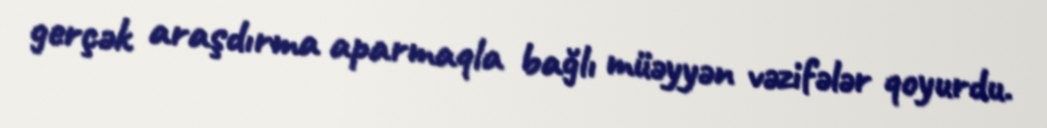
gerçək araşdırma aparmaqla bağlı müəyyən vəzifələr qoyurdu.